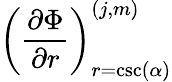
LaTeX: \left(\frac{\partial\Phi}{\partial r}\right)_{r=\csc(\alpha)}^{(j,m)}